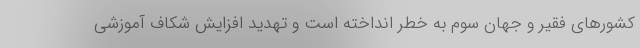
کشورهای فقیر و جهان سوم به خطر انداخته است و تهدید افزایش شکاف آموزشی